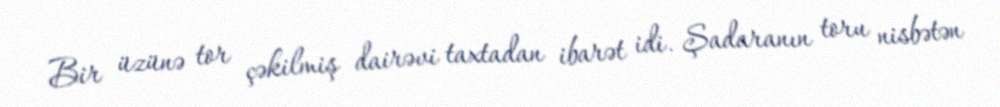
Bir üzünə tor çəkilmiş dairəvi taxtadan ibarət idi. Şadaranın toru nisbətən